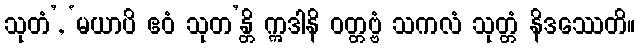
သုတံ’, ‘မယာပိ ဧဝံ သုတ’န္တိ ဣဒါနိ ဝတ္တဗ္ဗံ သကလံ သုတ္တံ နိဒဿေတိ။